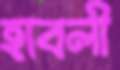
হাবলী